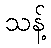
သန့်